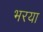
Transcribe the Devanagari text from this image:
भरया